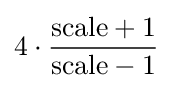
4\cdot {\frac {{\text{scale}}+1}{{\text{scale}}-1}}